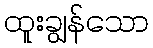
ထူးချွန်သော